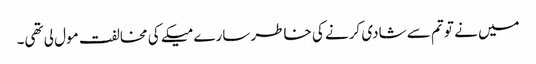
میں نے تو تم سے شادی کرنے کی خاطر سارے میکے کی مخالفت مول لی تھی۔